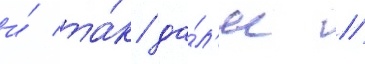
и́ та́к да́л'ее //